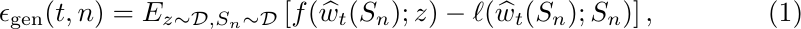
\begin{equation}\label{eq:def_gen_error}
    \epsilon_{\rm gen}(t,n) = E_{z \sim {\cal D}, S_n \sim {\cal D} } \left[ f(\widehat{w}_t(S_n);z)- \ell(\widehat{w}_t(S_n); S_n) \right],
\end{equation}